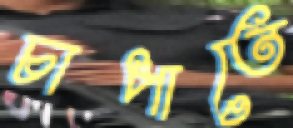
চাপাতে